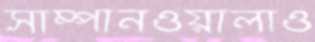
সাম্পানওয়ালাও